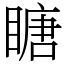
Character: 瞊